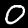
Label: 0